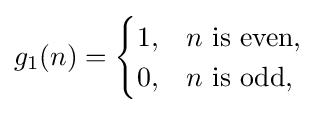
g_{1}(n)={\begin{cases}1,&n{\text{ is even,}}\\0,&n{\text{ is odd,}}\end{cases}}